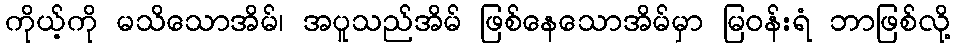
ကိုယ့်ကို မသိသောအိမ်၊ အပူသည်အိမ် ဖြစ်နေသောအိမ်မှာ မြဝန်းရံ ဘာဖြစ်လို့